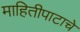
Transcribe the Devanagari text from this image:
माहितीपाटाचे